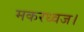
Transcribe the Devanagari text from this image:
मकरध्वज।